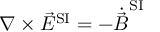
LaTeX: \nabla \times { \vec { E } } ^ { \mathrm { S I } } = - { \dot { \vec { B } } } ^ { \mathrm { S I } }